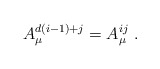
\begin{align*}A_{\mu}^{d(i-1)+j}=A_{\mu}^{ij}\ .\end{align*}